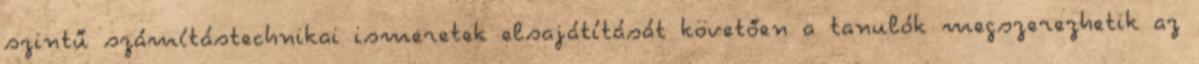
szintű számítástechnikai ismeretek elsajátítását követően a tanulók megszerezhetik az